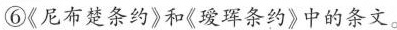
⑥《尼布楚条约》和《瑷珲条约》中的条文。